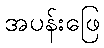
အပန်းဖြေ